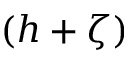
( h + \zeta )